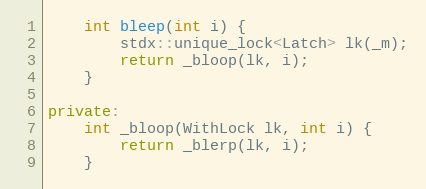
Language: C++
    int bleep(int i) {
        stdx::unique_lock<Latch> lk(_m);
        return _bloop(lk, i);
    }

private:
    int _bloop(WithLock lk, int i) {
        return _blerp(lk, i);
    }